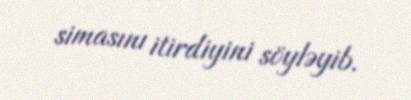
simasını itirdiyini söyləyib.